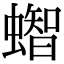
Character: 𧒊